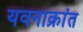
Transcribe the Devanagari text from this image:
यवनाक्रांत